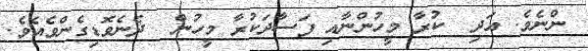
ންނެވެ. އަދި  ކުރާ މީހުންނާއި ފަސާދަކުރާ މީހުން  ދެނެވޮޑިގެންވެއެވެ.